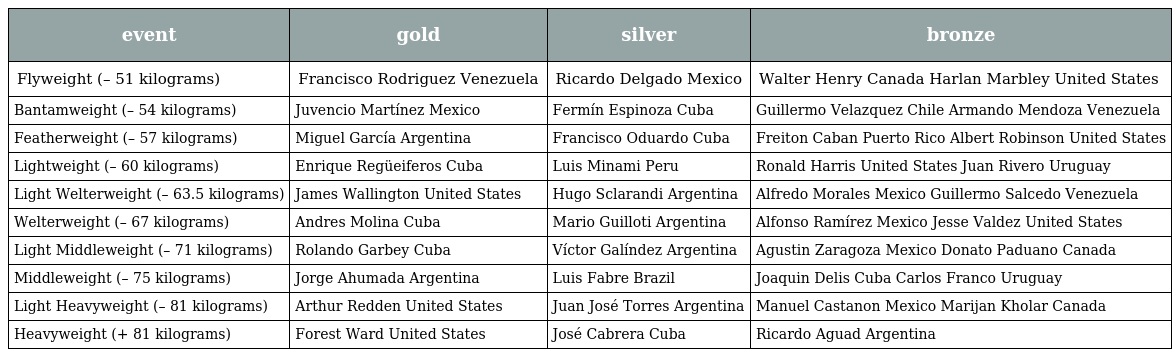
| event | gold | silver | bronze |
 | --- | --- | --- | --- |
 | Flyweight (– 51 kilograms) | Francisco Rodriguez Venezuela | Ricardo Delgado Mexico | Walter Henry Canada Harlan Marbley United States |
 | Bantamweight (– 54 kilograms) | Juvencio Martínez Mexico | Fermín Espinoza Cuba | Guillermo Velazquez Chile Armando Mendoza Venezuela |
 | Featherweight (– 57 kilograms) | Miguel García Argentina | Francisco Oduardo Cuba | Freiton Caban Puerto Rico Albert Robinson United States |
 | Lightweight (– 60 kilograms) | Enrique Regüeiferos Cuba | Luis Minami Peru | Ronald Harris United States Juan Rivero Uruguay |
 | Light Welterweight (– 63.5 kilograms) | James Wallington United States | Hugo Sclarandi Argentina | Alfredo Morales Mexico Guillermo Salcedo Venezuela |
 | Welterweight (– 67 kilograms) | Andres Molina Cuba | Mario Guilloti Argentina | Alfonso Ramírez Mexico Jesse Valdez United States |
 | Light Middleweight (– 71 kilograms) | Rolando Garbey Cuba | Víctor Galíndez Argentina | Agustin Zaragoza Mexico Donato Paduano Canada |
 | Middleweight (– 75 kilograms) | Jorge Ahumada Argentina | Luis Fabre Brazil | Joaquin Delis Cuba Carlos Franco Uruguay |
 | Light Heavyweight (– 81 kilograms) | Arthur Redden United States | Juan José Torres Argentina | Manuel Castanon Mexico Marijan Kholar Canada |
 | Heavyweight (+ 81 kilograms) | Forest Ward United States | José Cabrera Cuba | Ricardo Aguad Argentina |